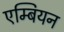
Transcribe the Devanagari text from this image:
एम्बियन